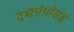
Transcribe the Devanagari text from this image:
दशग्रंथांसह